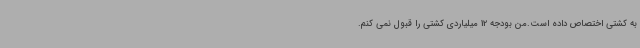
به کشتی اختصاص داده است.من بودجه 12 میلیاردی کشتی را قبول نمی کنم.